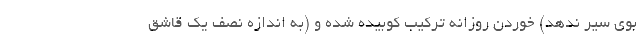
بوی سیر ندهد) خوردن روزانه ترکیب کوبیده شده و (به اندازه نصف یک قاشق